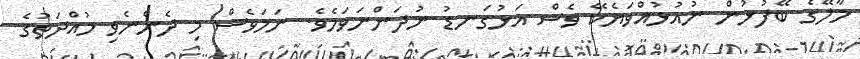
މާލޭގެ ބޭފުޅުން ނުއުޅުއްވަޔެކޭ ވެސް އަޅުގަނޑު ނުދަންނަވަމެވެ. ނަމަވެސް މި ދެންނެވި މުއްދަތުގެ